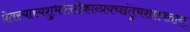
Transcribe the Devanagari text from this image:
प्रेतस्यास्यशुभांल्लोकान्प्रयच्छंतुचशाश्वतान्